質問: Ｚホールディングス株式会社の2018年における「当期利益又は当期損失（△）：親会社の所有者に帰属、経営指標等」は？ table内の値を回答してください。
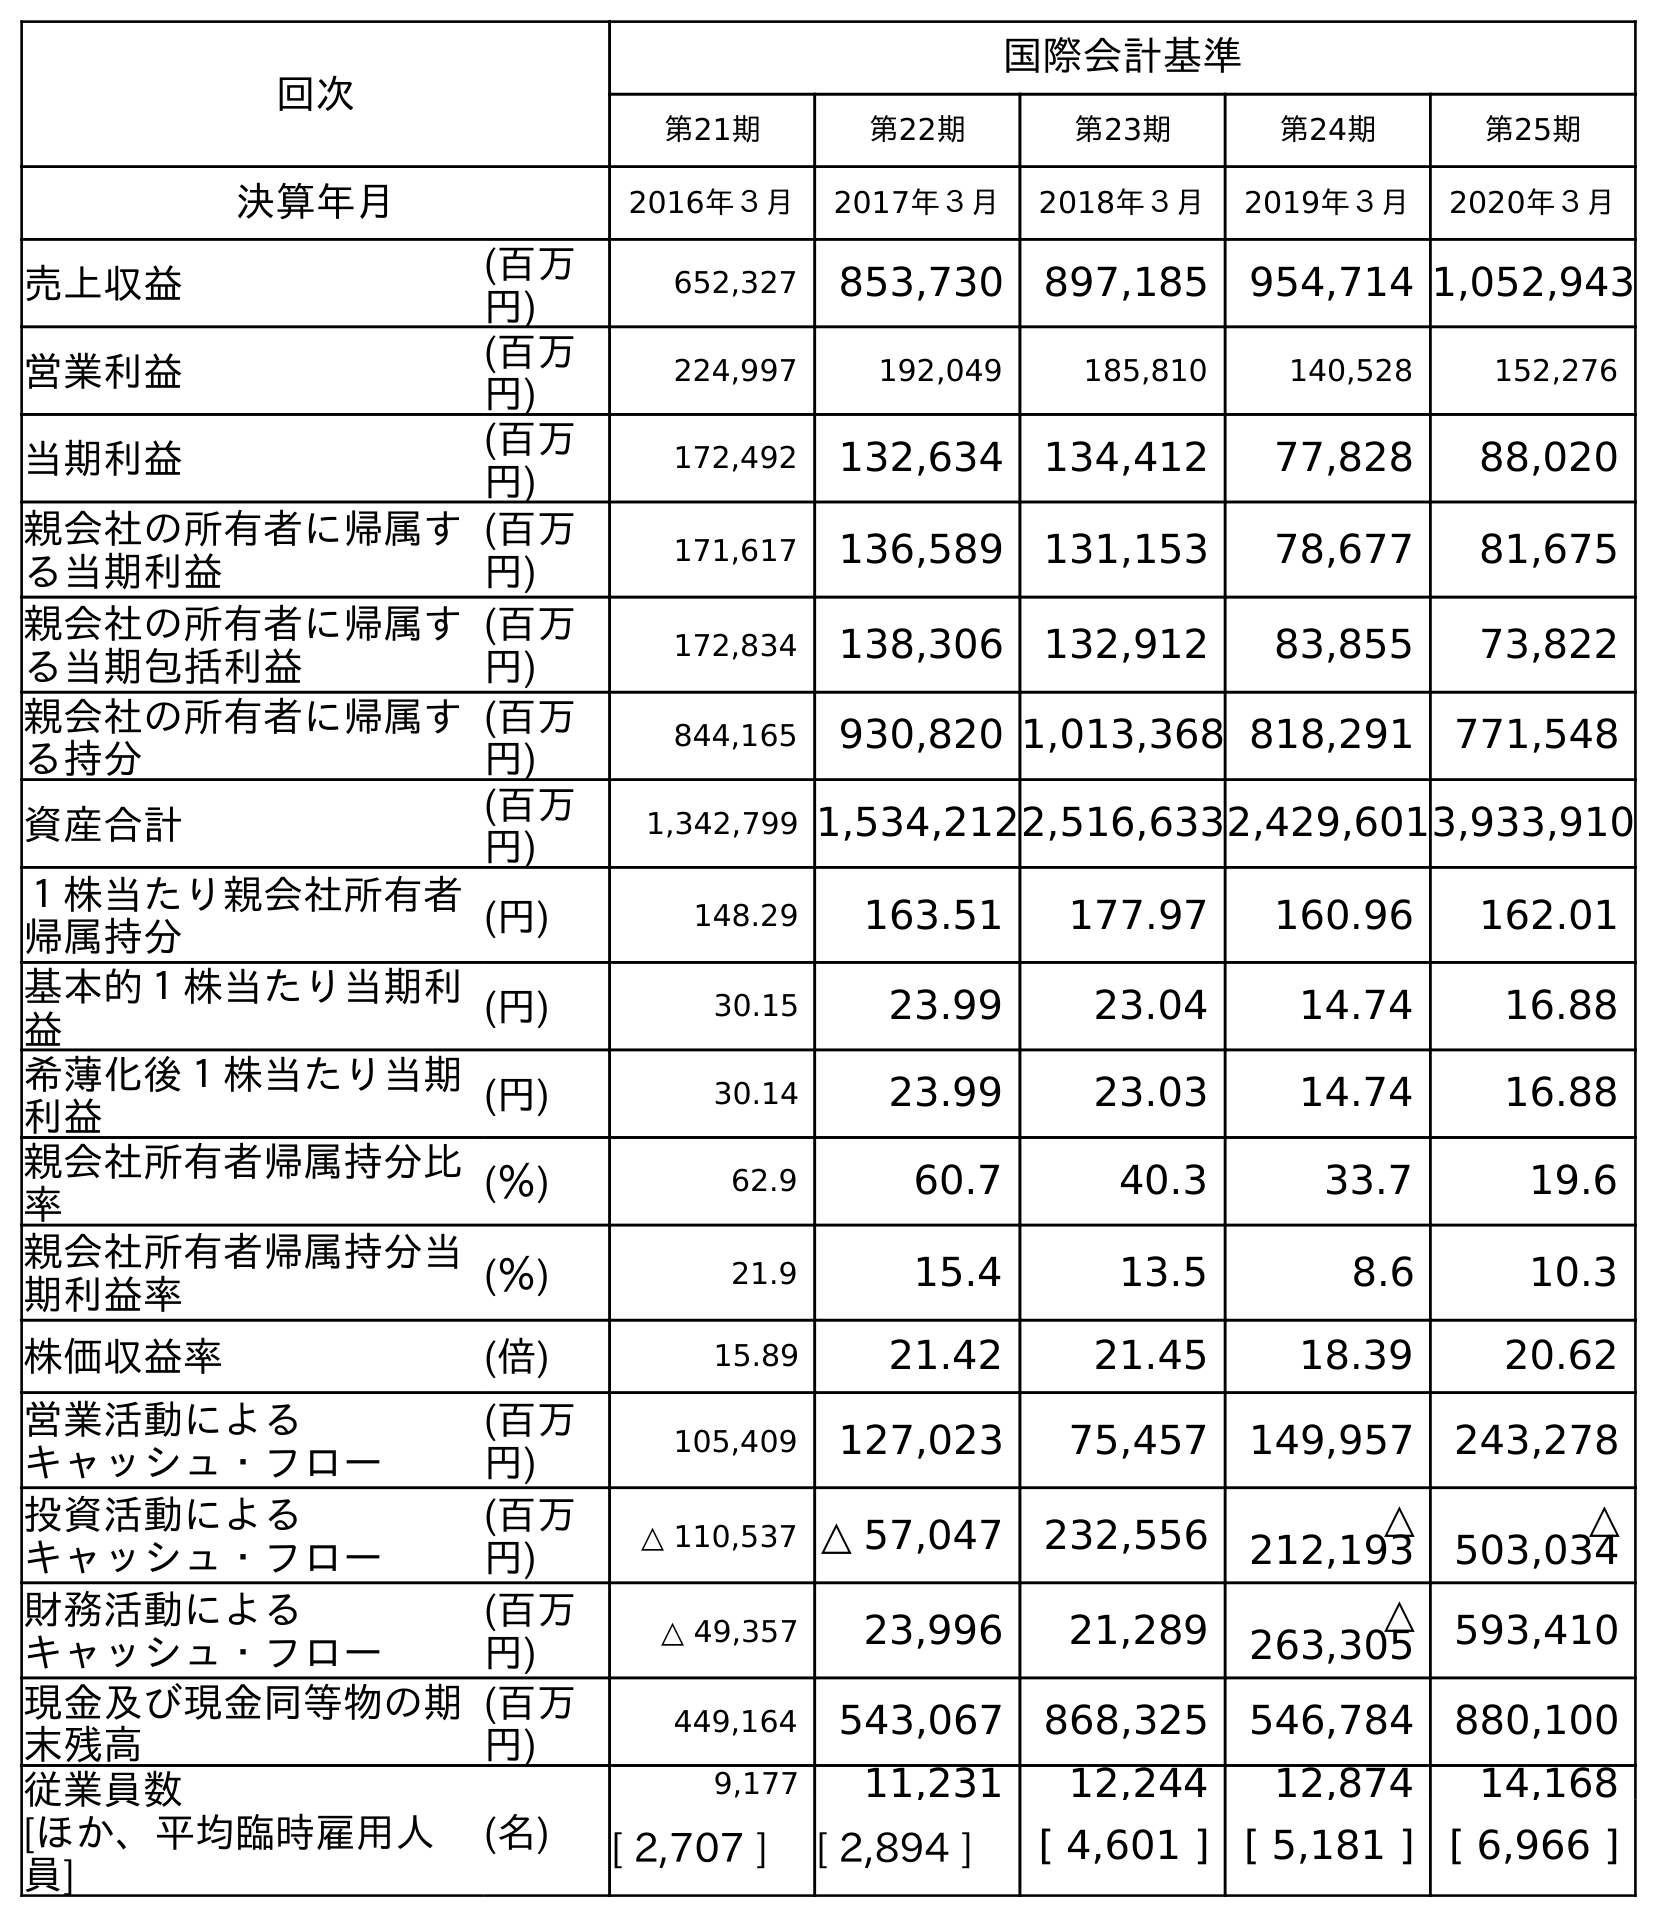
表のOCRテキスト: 回次 国際会計基準 第21期 第22期 第23期 第24期 第25期 決算年月 2016年３月 2017年３月 2018年３月 2019年３月 2020年３月 売上収益 (百万 円) 652,327 853,730 897,185 954,714 1,052,943 営業利益 (百万 円) 224,997 192,049 185,810 140,528 152,276 当期利益 (百万 円) 172,492 132,634 134,412 77,828 88,020 親会社の所有者に帰属す る当期利益 (百万 円) 171,617 136,589 131,153 78,677 81,675 親会社の所有者に帰属す る当期包括利益 (百万 円) 172,834 138,306 132,912 83,855 73,822 親会社の所有者に帰属す る持分 (百万 円) 844,165 930,820 1,013,368 818,291 771,548 資産合計 (百万 円) 1,342,799 1,534,2122,516,6332,429,6013,933,910 １株当たり親会社所有者 帰属持分 (円) 148.29 163.51 177.97 160.96 162.01 基本的１株当たり当期利 益 (円) 30.15 23.99 23.04 14.74 16.88 希薄化後１株当たり当期 利益 (円) 30.14 23.99 23.03 14.74 16.88 親会社所有者帰属持分比 率 (％) 62.9 60.7 40.3 33.7 19.6 親会社所有者帰属持分当 期利益率 (％) 21.9 15.4 13.5 8.6 10.3 株価収益率 (倍) 15.89 21.42 21.45 18.39 20.62 営業活動による キャッシュ・フロー (百万 円) 105,409 127,023 75,457 149,957 243,278 投資活動による キャッシュ・フロー (百万 円) △ 110,537 △ 57,047 232,556 △ 212,193 △ 503,034 財務活動による キャッシュ・フロー (百万 円) △ 49,357 23,996 21,289 △ 263,305 593,410 現金及び現金同等物の期 末残高 (百万 円) 449,164 543,067 868,325 546,784 880,100 従業員数 [ほか、平均臨時雇用人 員] (名) 9,177 11,231 12,244 12,874 14,168 [ 2,707 ] [ 2,894 ] [ 4,601 ] [ 5,181 ] [ 6,966 ]
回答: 131,153